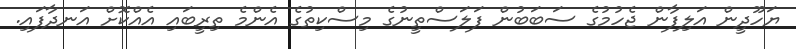
ޔަހޫދީން އަލިފާން ޖެހުމުގެ ސަބަބުން ފަލަސްތީނުގެ މިސްކިތުގެ އެންމެ ތިރީބައި އެއްކޮށް އަނދާފައި.